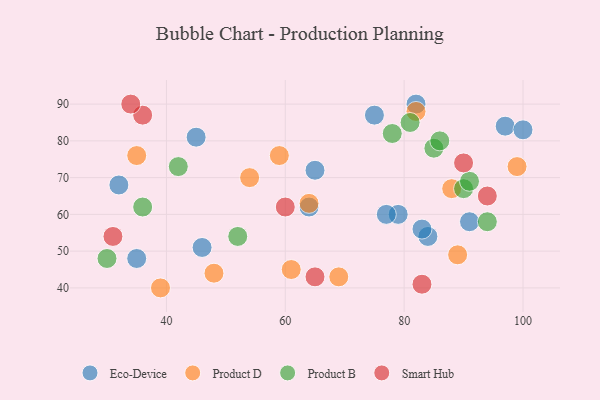
{"axis": {"x": "GDP", "y": "Life Expectancy"}, "legend": ["Eco-Device", "Product B", "Product D", "Smart Hub"], "data": [{"x": "35", "y": 48, "type": "Eco-Device"}, {"x": "97", "y": 84, "type": "Eco-Device"}, {"x": "65", "y": 72, "type": "Eco-Device"}, {"x": "45", "y": 81, "type": "Eco-Device"}, {"x": "82", "y": 90, "type": "Eco-Device"}, {"x": "84", "y": 54, "type": "Eco-Device"}, {"x": "64", "y": 62, "type": "Eco-Device"}, {"x": "79", "y": 60, "type": "Eco-Device"}, {"x": "77", "y": 60, "type": "Eco-Device"}, {"x": "100", "y": 83, "type": "Eco-Device"}, {"x": "32", "y": 68, "type": "Eco-Device"}, {"x": "83", "y": 56, "type": "Eco-Device"}, {"x": "91", "y": 58, "type": "Eco-Device"}, {"x": "46", "y": 51, "type": "Eco-Device"}, {"x": "75", "y": 87, "type": "Eco-Device"}, {"x": "61", "y": 45, "type": "Product D"}, {"x": "69", "y": 43, "type": "Product D"}, {"x": "59", "y": 76, "type": "Product D"}, {"x": "99", "y": 73, "type": "Product D"}, {"x": "88", "y": 67, "type": "Product D"}, {"x": "39", "y": 40, "type": "Product D"}, {"x": "89", "y": 49, "type": "Product D"}, {"x": "48", "y": 44, "type": "Product D"}, {"x": "64", "y": 63, "type": "Product D"}, {"x": "82", "y": 88, "type": "Product D"}, {"x": "54", "y": 70, "type": "Product D"}, {"x": "35", "y": 76, "type": "Product D"}, {"x": "42", "y": 73, "type": "Product B"}, {"x": "30", "y": 48, "type": "Product B"}, {"x": "94", "y": 58, "type": "Product B"}, {"x": "36", "y": 62, "type": "Product B"}, {"x": "78", "y": 82, "type": "Product B"}, {"x": "85", "y": 78, "type": "Product B"}, {"x": "81", "y": 85, "type": "Product B"}, {"x": "90", "y": 67, "type": "Product B"}, {"x": "52", "y": 54, "type": "Product B"}, {"x": "91", "y": 69, "type": "Product B"}, {"x": "86", "y": 80, "type": "Product B"}, {"x": "65", "y": 43, "type": "Smart Hub"}, {"x": "36", "y": 87, "type": "Smart Hub"}, {"x": "34", "y": 90, "type": "Smart Hub"}, {"x": "31", "y": 54, "type": "Smart Hub"}, {"x": "90", "y": 74, "type": "Smart Hub"}, {"x": "60", "y": 62, "type": "Smart Hub"}, {"x": "94", "y": 65, "type": "Smart Hub"}, {"x": "83", "y": 41, "type": "Smart Hub"}]}